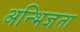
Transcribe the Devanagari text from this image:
अन्भिज्ञता